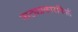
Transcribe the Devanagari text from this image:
नाट्यप्रकारांपैकी